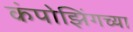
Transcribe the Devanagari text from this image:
कंपोझिंगच्या